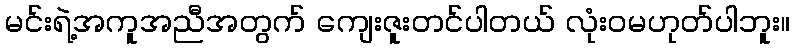
မင်းရဲ့အကူအညီအတွက် ကျေးဇူးတင်ပါတယ် လုံးဝမဟုတ်ပါဘူး။